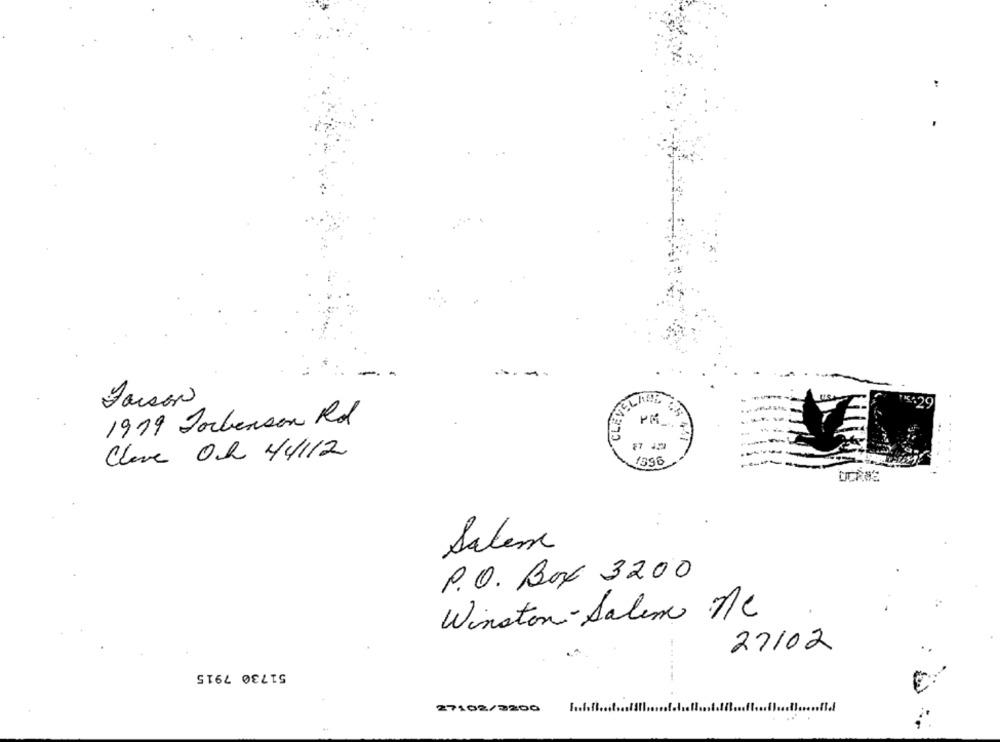
..
- -
Faison
CLEV
1919 Jorbenson Rd
Clave Oh 44112
1396
DCRBE
Salene
P.O. Box 3200
Winston-Salem ne
27/02
51730 7915
27102/3200
......